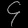
Digit: ၄